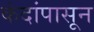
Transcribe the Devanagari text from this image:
कंदांपासून